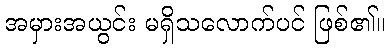
အမှားအယွင်း မရှိသလောက်ပင် ဖြစ်၏။